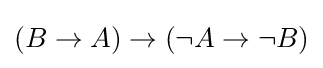
(B\to A)\to (\neg A\to \neg B)